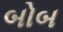
બોબ